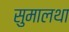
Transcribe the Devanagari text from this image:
सुमालथा